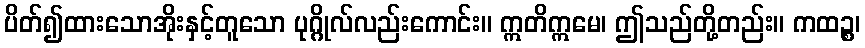
ပိတ်၍ထားသောအိုးနှင့်တူသော ပုဂ္ဂိုလ်လည်းကောင်း။ ဣတိဣမေ၊ ဤသည်တို့တည်း။ ကထဉ္စ၊